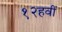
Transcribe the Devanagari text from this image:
१२हवीं